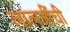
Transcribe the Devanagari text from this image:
लालजींची